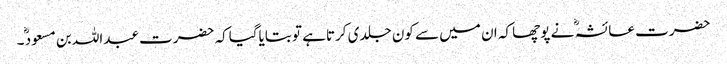
حضرت عائشہ ؓ نے پوچھا کہ ان میں سے کون جلدی کرتاہے تو بتایاگیاکہ حضرت عبداللہ بن مسعود ؓ۔